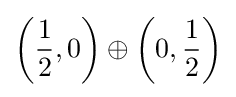
\left({\frac {1}{2}},0\right)\oplus \left(0,{\frac {1}{2}}\right)